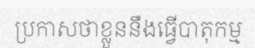
ប្រកាសថាខ្លួននឹងធ្វើបាតុកម្ម